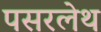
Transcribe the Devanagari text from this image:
पसरलेथ